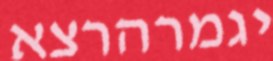
יגמרהרצא